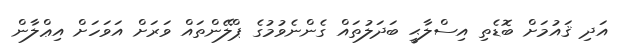
އަދި ޤައުމަށް ބޮޑެތި އިސްލާޙީ ބަދަލުތައް ގެންނެވުމުގެ ޕްލޭންތައް ވަރަށް އަވަހަށް އިޢްލާން